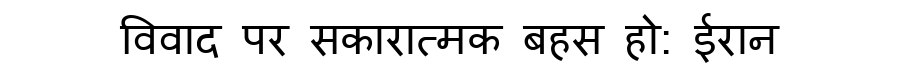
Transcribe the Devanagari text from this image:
विवाद पर सकारात्मक बहस हो: ईरान